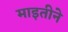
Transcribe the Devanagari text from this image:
माइतीने